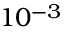
1 0 ^ { - 3 }